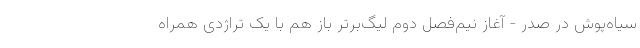
سیاه‌پوش در صدر - آغاز نیم‌فصل دوم لیگ‌برتر باز هم با یک تراژدی همراه